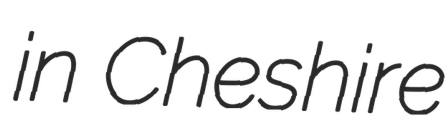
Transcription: in Cheshire